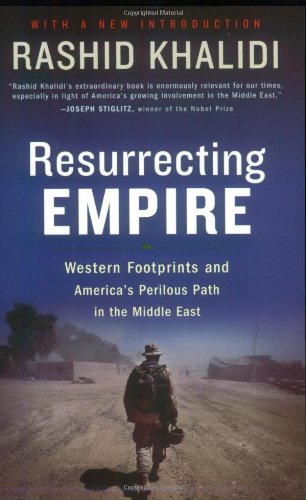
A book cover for Resurrecting Empire: Western Footprints and America's Perilous Path in the Middle East; Rashid Khalidi; History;